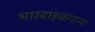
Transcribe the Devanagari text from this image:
भारवाहकगाना